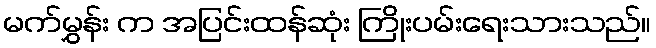
မက်မွှန်း က အပြင်းထန်ဆုံး ကြိုးပမ်းရေးသားသည်။